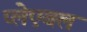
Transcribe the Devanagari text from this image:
प्लेएबल